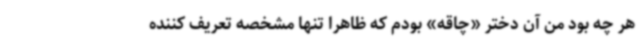
هر چه بود من آن دختر «چاقه» بودم که ظاهراً تنها مشخصه تعریف کننده